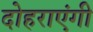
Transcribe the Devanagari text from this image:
दोहराएंगी